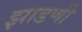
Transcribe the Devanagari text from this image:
झाडणी